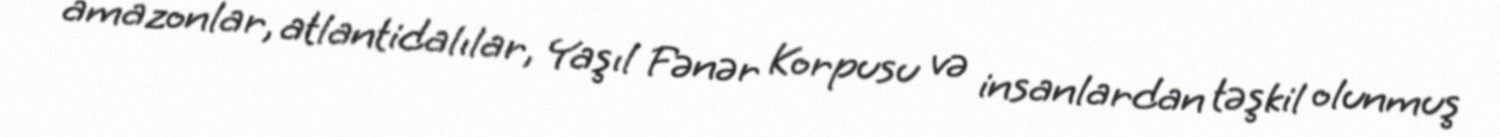
amazonlar, atlantidalılar, Yaşıl Fənər Korpusu və insanlardan təşkil olunmuş